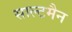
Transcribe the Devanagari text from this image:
साल्टमैन